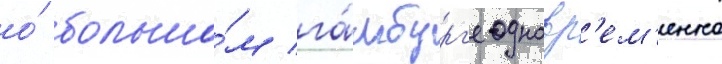
о́ большо́м га́мбург'е одновр'ем'енно